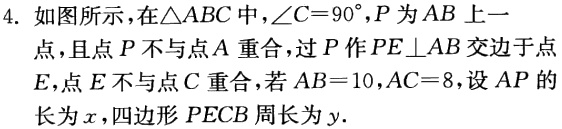
4. 如图所示，在\(\triangle ABC\)中，\(\angle C = 90^{\circ}\)，\(P\)为\(AB\)上一点，且点\(P\)不与点\(A\)重合，过\(P\)作\(PE\perp AB\)交 于点\(E\)，点\(E\)不与点\(C\)重合，若\(AB = 10\)，\(AC = 8\)，设\(AP\)的长为\(x\)，四边形\(PECB\)周长为\(y\)．